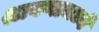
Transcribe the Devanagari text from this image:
श्रावणामध्ये